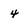
Character: 4